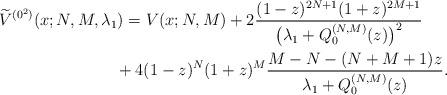
LaTeX: \begin{gather*} \widetilde{V}^{( 0^{2}) }(x;N,M,\lambda _{1}) =V( x;N,M) +2\frac{(1-z) ^{2N+1}(1+z) ^{2M+1}}{ \big( \lambda _{1}+Q_{0}^{(N,M) }(z) \big) ^{2}} \\\hphantom{\widetilde{V}^{( 0^{2}) }(x;N,M,\lambda _{1}) =}{}+4(1-z) ^{N}(1+z) ^{M}\frac{M-N-(N+M+1)z}{\lambda_{1}+Q_{0}^{(N,M) }(z) }.\end{gather*}